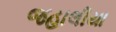
જહાલીયા